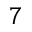
7